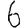
Digit: 6